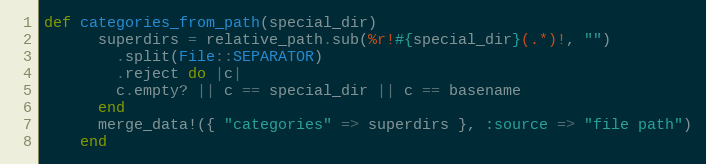
Language: Ruby
def categories_from_path(special_dir)
      superdirs = relative_path.sub(%r!#{special_dir}(.*)!, "")
        .split(File::SEPARATOR)
        .reject do |c|
        c.empty? || c == special_dir || c == basename
      end
      merge_data!({ "categories" => superdirs }, :source => "file path")
    end